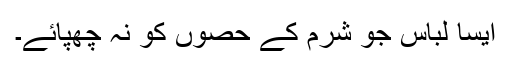
ایسا لباس جو شرم کے حصوں کو نہ چھپائے۔